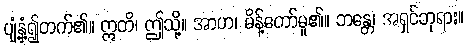
ပျံ့နှံ့၍တက်၏။ ဣတိ၊ ဤသို့။ အာဟ၊ မိန့်တော်မူ၏။ ဘန္တေ၊ အရှင်ဘုရား။